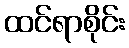
ထင်ရာစိုင်း